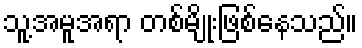
သူ့အမူအရာ တစ်မျိုးဖြစ်နေသည်။